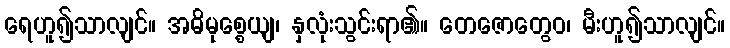
ရေဟူ၍သာလျင်။ အဓိမုစ္စေယျ၊ နှလုံးသွင်းရာ၏။ တေဇောတွေဝ၊ မီးဟူ၍သာလျင်။